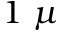
1 \ \mu